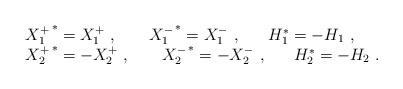
LaTeX: \begin{align*}\begin{array}{l}\left.X_1^+\right.^*=X_1^+~,~~~~~\left.X_1^-\right.^*=X_1^-~,~~~~~H_1^*=-H_1~,\\\left.X_2^+\right.^*=-X_2^+~,~~~~~\left.X_2^-\right.^*=-X_2^-~,~~~~~H_2^*=-H_2~.\end{array}\end{align*}